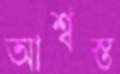
আশ্বস্ত